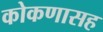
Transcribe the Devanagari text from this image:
कोकणासह